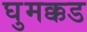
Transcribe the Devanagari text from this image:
घुमक्कड